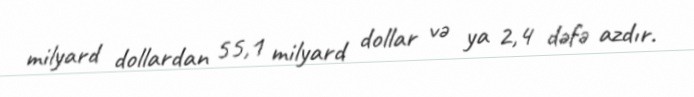
milyard dollardan 55,1 milyard dollar və ya 2,4 dəfə azdır.